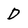
Character: D